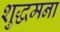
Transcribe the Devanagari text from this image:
शुद्धमना